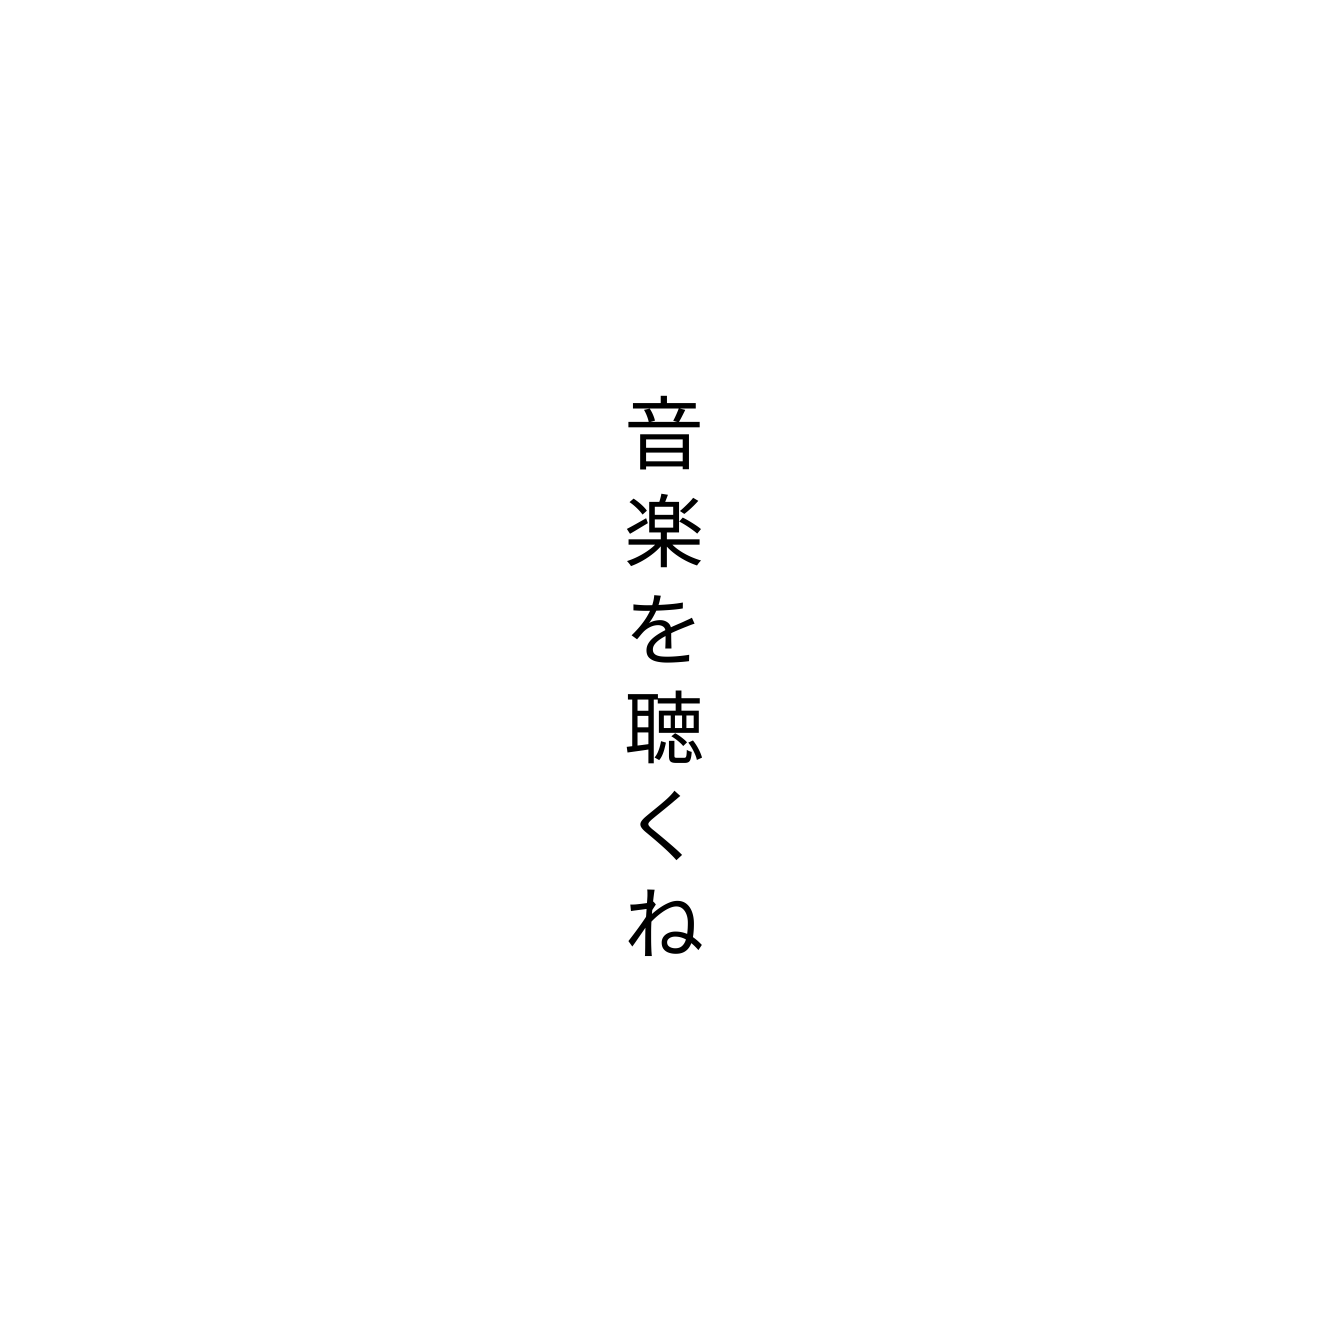
音楽を聴くね